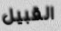
القبيل